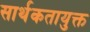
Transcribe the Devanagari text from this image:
सार्थकतायुक्त